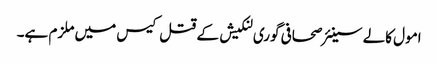
امول کالے سینئر صحافی گوری لنکیش کے قتل کیس میں ملزم ہے۔